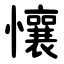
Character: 懹